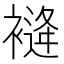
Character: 𧜨